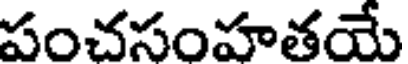
పంచసంహతయే